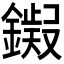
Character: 𫓊